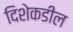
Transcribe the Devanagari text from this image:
दिशेकडील